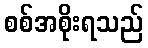
စစ်အစိုးရသည်